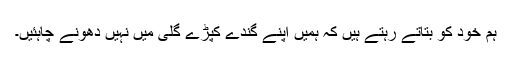
ہم خود کو بتاتے رہتے ہیں کہ ہمیں اپنے گندے کپڑے گلی میں نہیں دھونے چاہئیں۔